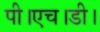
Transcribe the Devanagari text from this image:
पी।एच।डी।